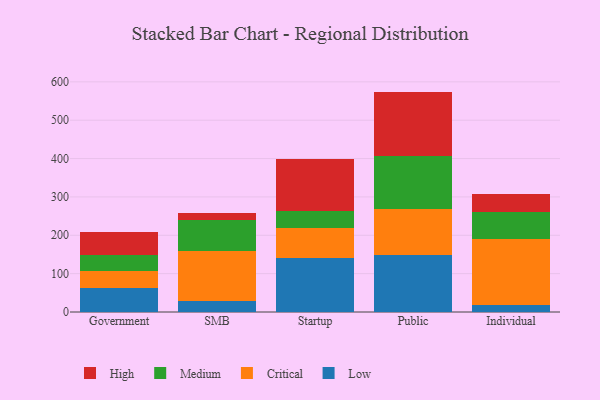
{"axis": {"x": "Segment", "y": "Conversion Rate (%)"}, "legend": ["Critical", "High", "Low", "Medium"], "data": [{"x": "Government", "y": 63.1, "type": "Low"}, {"x": "Government", "y": 43.3, "type": "Critical"}, {"x": "Government", "y": 42.9, "type": "Medium"}, {"x": "Government", "y": 58.7, "type": "High"}, {"x": "SMB", "y": 29.3, "type": "Low"}, {"x": "SMB", "y": 129.6, "type": "Critical"}, {"x": "SMB", "y": 82.1, "type": "Medium"}, {"x": "SMB", "y": 17.9, "type": "High"}, {"x": "Startup", "y": 140.6, "type": "Low"}, {"x": "Startup", "y": 79.3, "type": "Critical"}, {"x": "Startup", "y": 44.4, "type": "Medium"}, {"x": "Startup", "y": 134.3, "type": "High"}, {"x": "Public", "y": 149.7, "type": "Low"}, {"x": "Public", "y": 118.6, "type": "Critical"}, {"x": "Public", "y": 139.5, "type": "Medium"}, {"x": "Public", "y": 166.8, "type": "High"}, {"x": "Individual", "y": 18.3, "type": "Low"}, {"x": "Individual", "y": 172.4, "type": "Critical"}, {"x": "Individual", "y": 70.1, "type": "Medium"}, {"x": "Individual", "y": 46.4, "type": "High"}]}